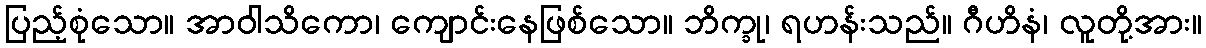
ပြည့်စုံသော။ အာဝါသိကော၊ ကျောင်းနေဖြစ်သော။ ဘိက္ခု၊ ရဟန်းသည်။ ဂီဟိနံ၊ လူတို့အား။